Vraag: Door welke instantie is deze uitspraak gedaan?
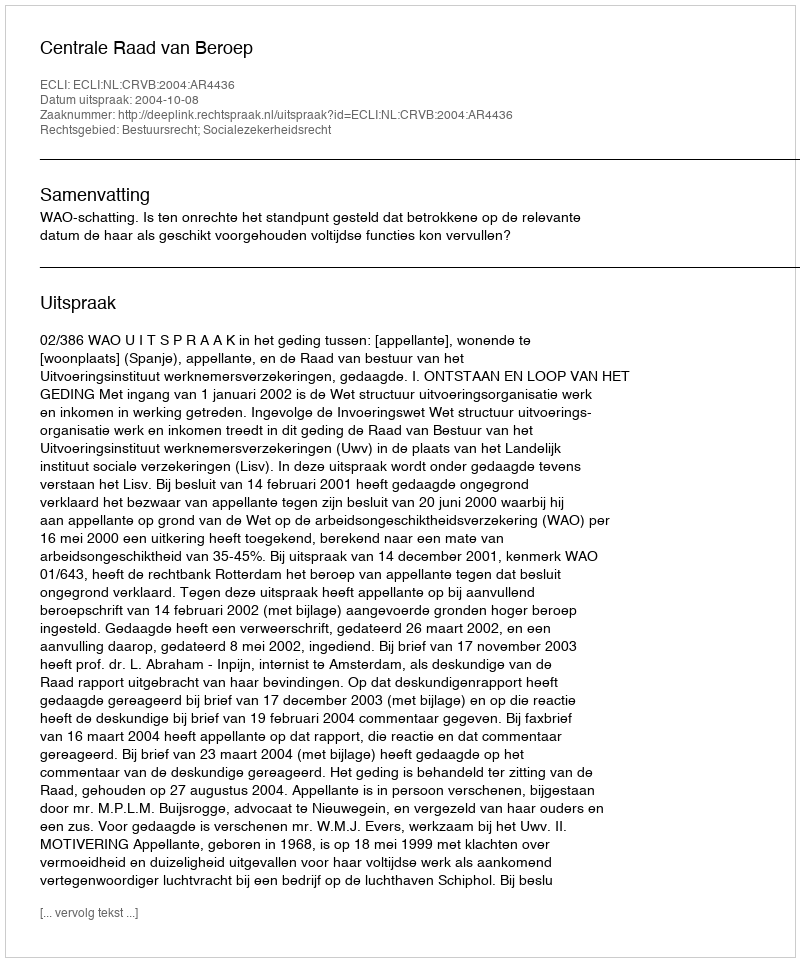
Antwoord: Centrale Raad van Beroep